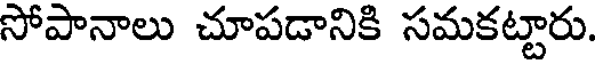
సోపానాలు చూపడానికి సమకట్టారు.